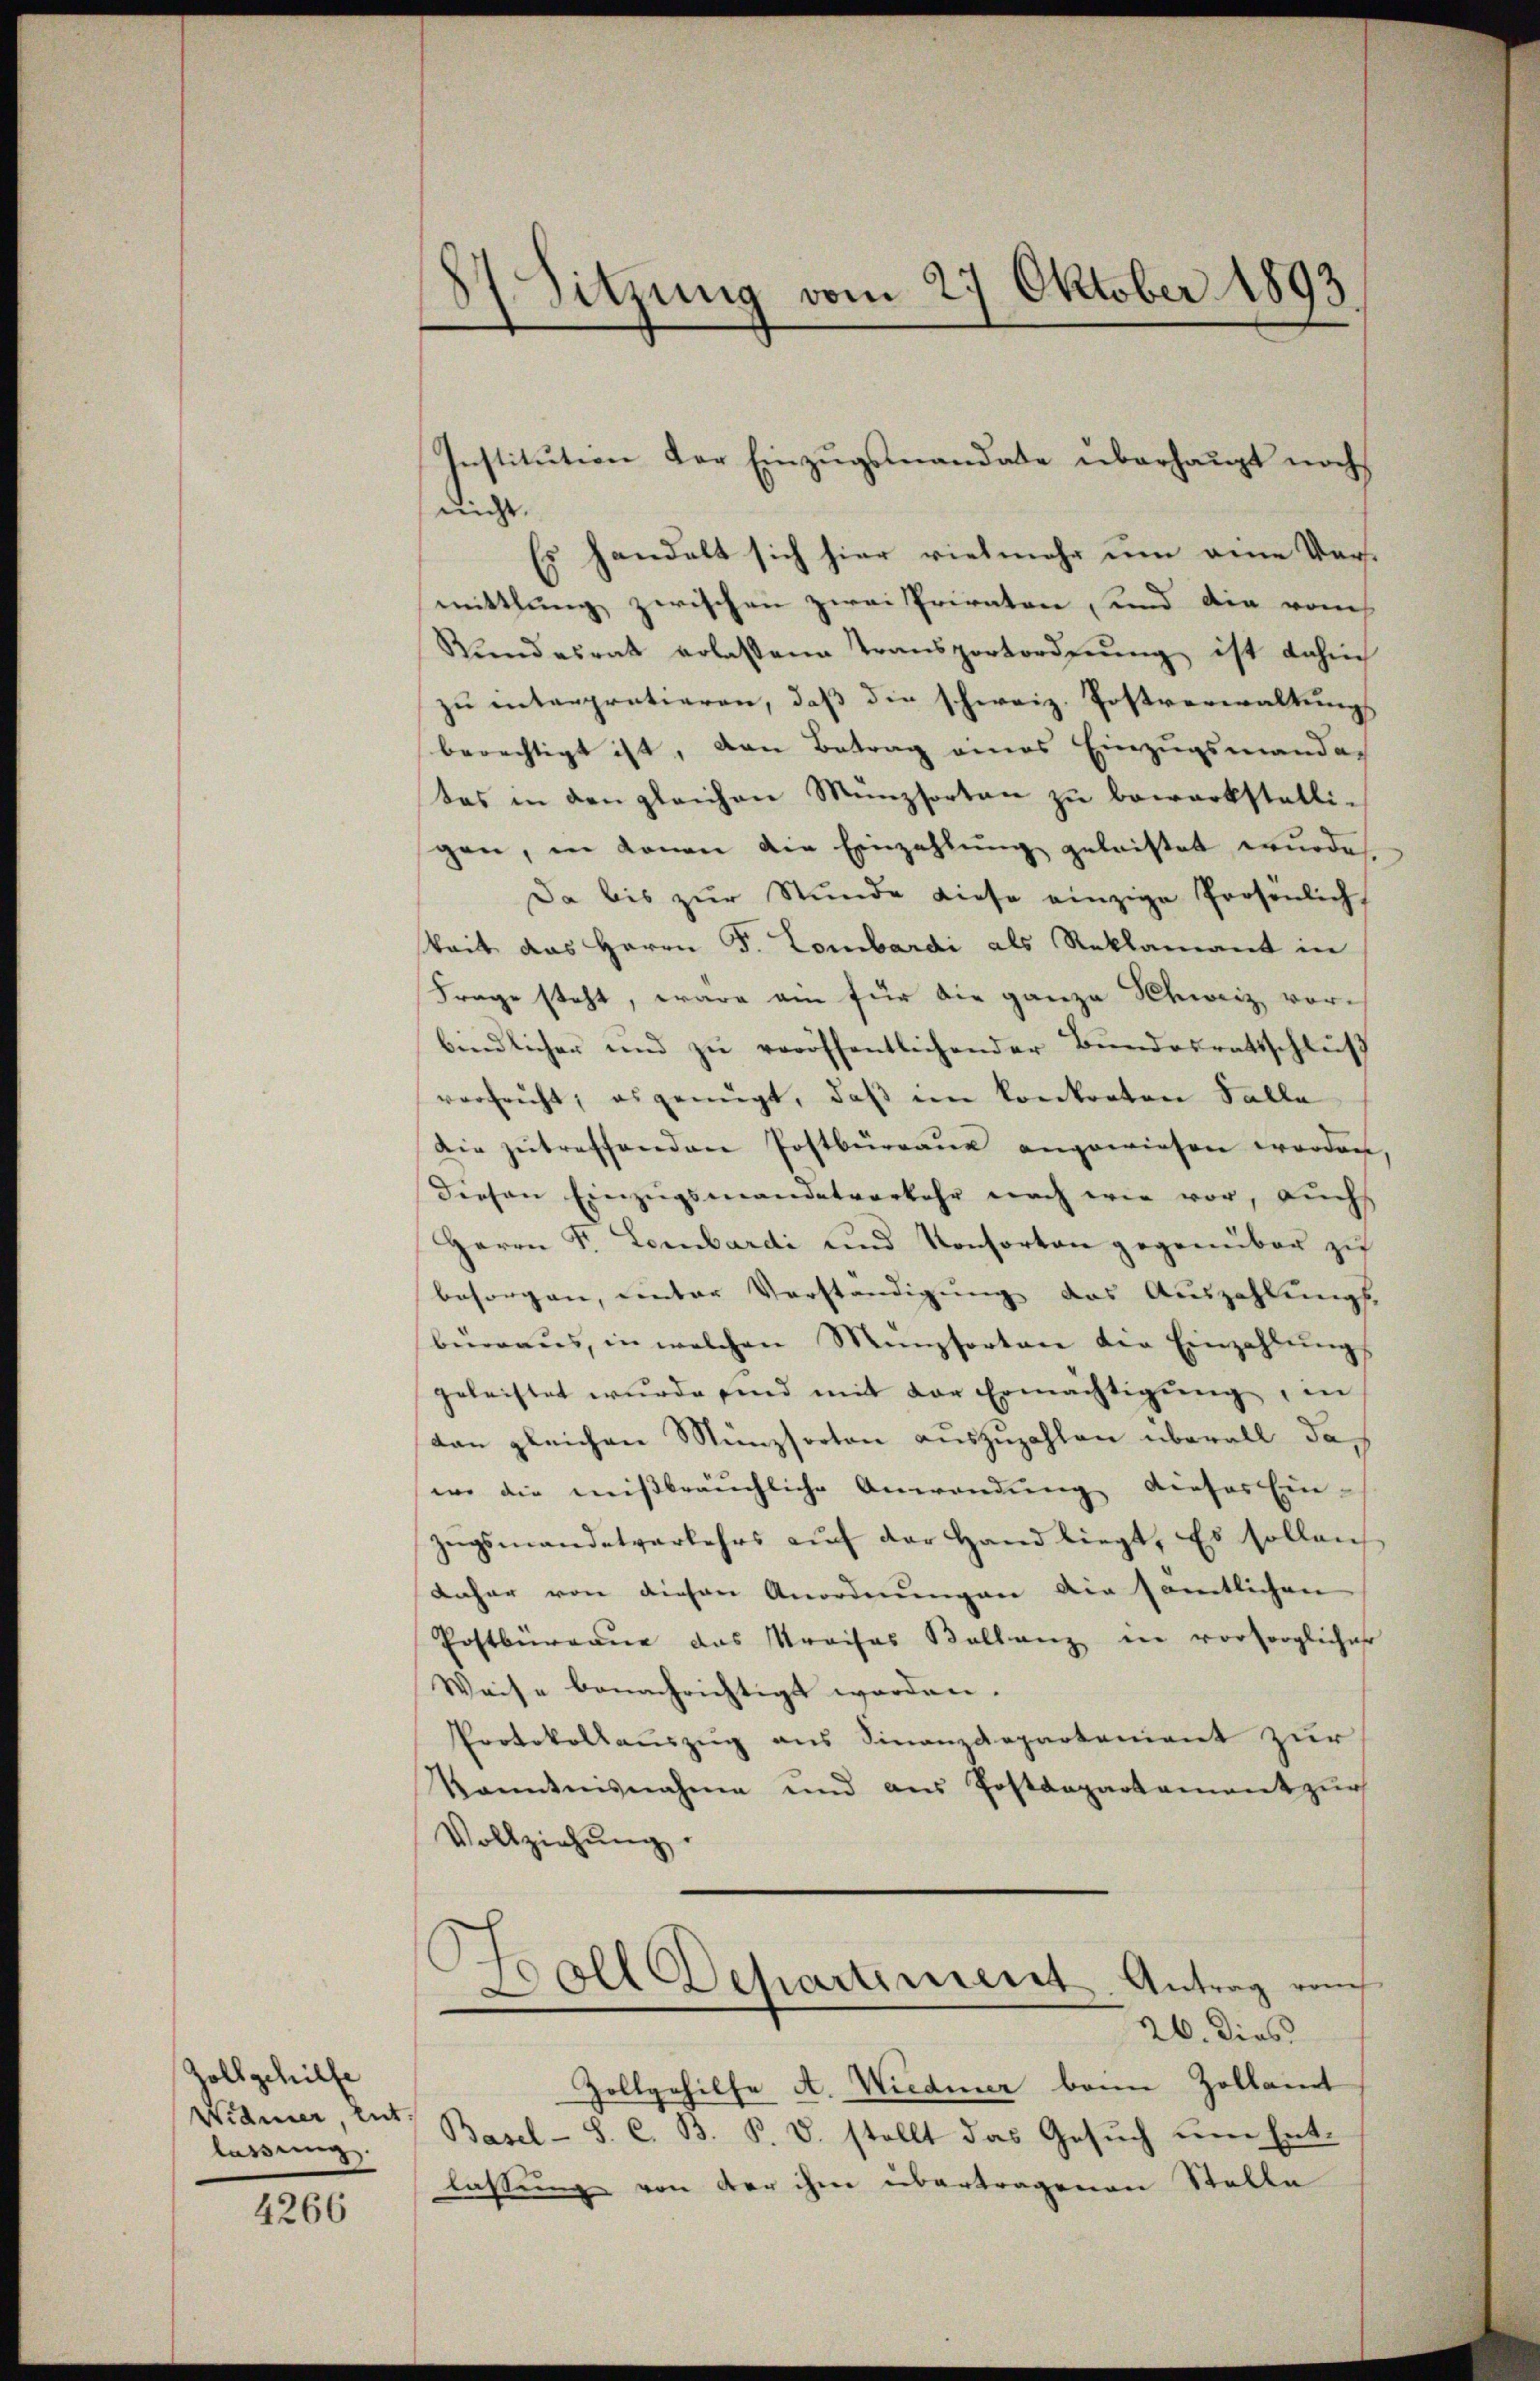
Zollgehilfe
Widmer ent.
lassung.

4266

87. Sitzung vom 27 Oktober 1893.

nicht.
Es handelt sich hier vielmehr um eine Vermittlung zwischen zwei Privaten, und die vom
Rŭndesrat erlassene Transportordnŭng ist dahin
zu interpratieren, daβ die schweiz. Postverwaltungs
berechtigt ist, den Betrag eines Einzugsmanda-
das in den gleichen Münzsorten zŭ bewerkstelli-
gen, in donan die Einzahlung geleistet wurde.
Da bis zŭr Stŭnde diese einzige Persönlich
keit das Herrn F. Lombardi als Reklamant in
Frage steht, wäre ein für die ganze Schweiz vorbindlicher und zŭ veröffentlichender Bŭndesratsschluß
verfrüht, es genügt, daβ ein konkreten Falle
Die getreffenden Postbüreaŭe angewiesen worden
diesen Einzŭgsmandatverkehr nach wie vor, auchs
Herrn Fr. Lombardi und Konsorten gegenüber zu
besorgen, unter Verständigung des Auszahlungs-
büraŭs, in welchen Münzsorten der Einzahlŭngs
geleistet wurde sind mit der Ermächtigŭng, in
Von gleichen Münzsorten auszuzahlen überall das
wo die mißbräuchliche Anwendung dieser Ein-
zŭgsmandetverkehrs aŭf der Hand liegt. Es sollen
Anher von diesen Anordnŭngen die sämtlichen
Postbüreau das Kreises Ballanz in vorsorglicher
Weise benachrichtigt worden. |
Protokollauszug aus Finanzdepartement zur
Kanntnisnahme und aus Postdepartament zur
Vollziehŭng
s
oll Departement Antrag vom
26. Dies
Zollgehilfe A. Wiedener beim Zollamt
Basel-S. C. B. P. V. stellt das Gesuch um Entlassung von der ihm übertragenen Stelle

Institution der Einzugsmandate überhaupt noch